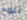
تلوح